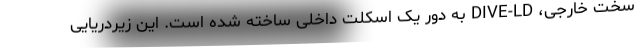
سخت خارجی، DIVE-LD به دور یک اسکلت داخلی ساخته شده است. این زیردریایی